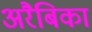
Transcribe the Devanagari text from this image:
अरैबिका